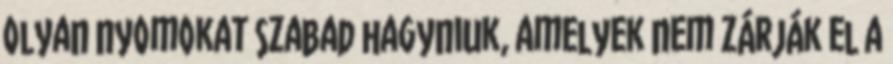
olyan nyomokat szabad hagyniuk, amelyek nem zárják el a